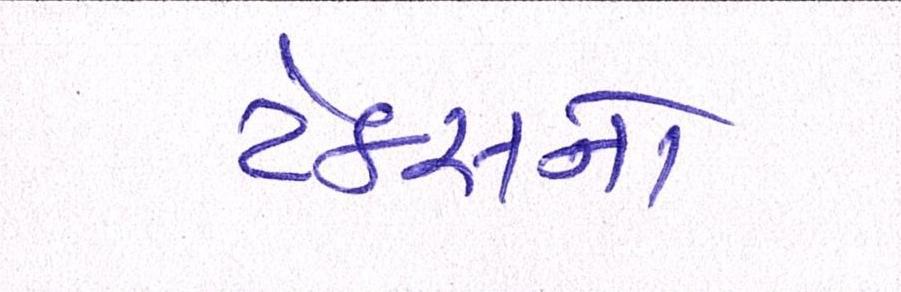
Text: ટેકસનો